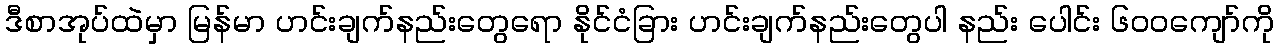
ဒီစာအုပ်ထဲမှာ မြန်မာ ဟင်းချက်နည်းတွေရော နိုင်ငံခြား ဟင်းချက်နည်းတွေပါ နည်း ပေါင်း ၆၀၀ကျော်ကို